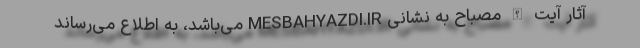
آثار آیت الله مصباح به نشانی MESBAHYAZDI.IR می‌باشد، به اطلاع می‌رساند